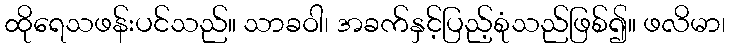
ထိုရေသဖန်းပင်သည်။ သာခဝါ၊ အခက်နှင့်ပြည့်စုံသည်ဖြစ်၍။ ဖလိမာ၊